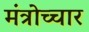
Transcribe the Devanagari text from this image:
मंत्रोच्‍चार